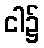
ငါ၌